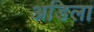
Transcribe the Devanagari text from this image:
अडिला